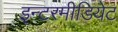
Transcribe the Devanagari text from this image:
इन्टरमीडियेट